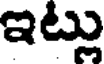
ఇట్లు